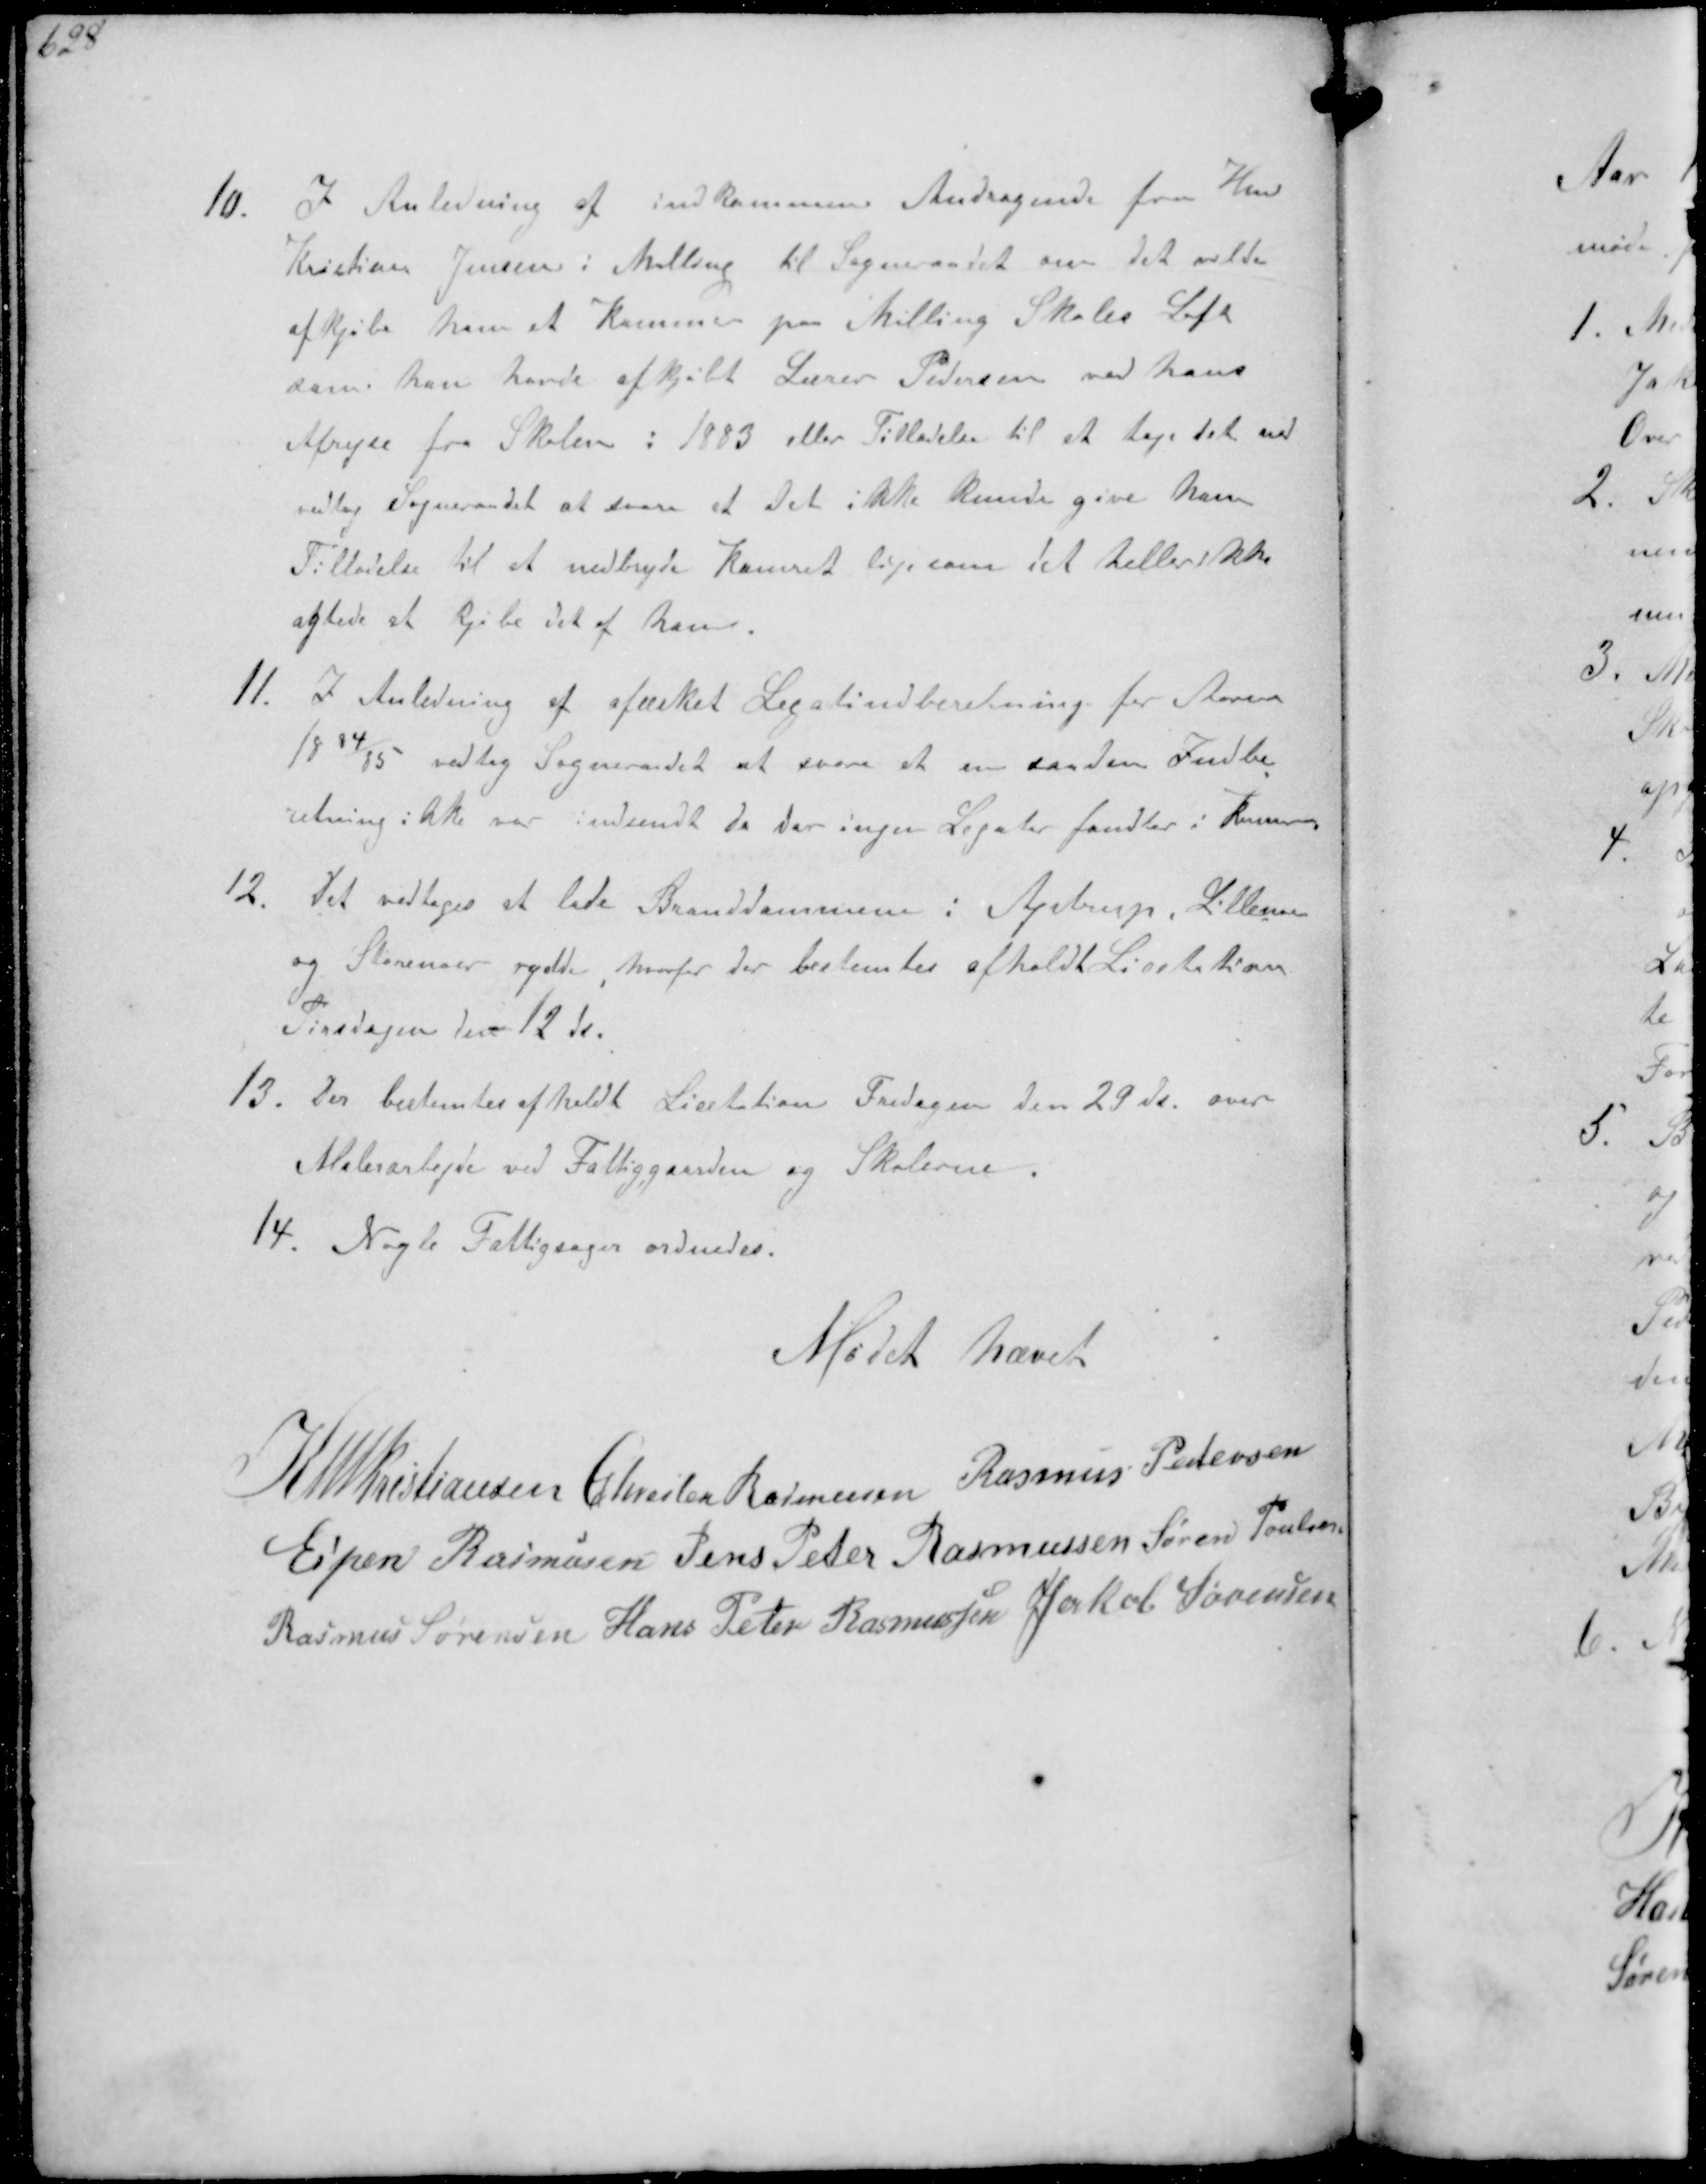
Transskription:
10 I Anledning af indkommen Andragende fra Hmd
Kristian Jensen i Malling til Sogneraadet om det vilde
afkjøbe ham et Kammer paa Malling Skoles Loft
som han havde afkjøbt Lærer Pedersen ved hans
Afrejse fra Skolen i 1883 eller Tilladelse til at tage det ned
vedtog Sogneraadet at svare at det ikke kunde give ham
Tilladelse til at nedbryde Kamret ligesom det heller ikke
agtede at købe det af ham
11. I Anledning af afæsket Legatindberetning for Aarene
1884/85 vedtog Sogneraadet at svare at en saadan Indbe-
retning ikke var indsendt da der ingen Legater fandtes i Kommunen
12. Det vedtoges at lade Branddammen i Astrup, Lillenoer
og Storenoer rydde hvorfor der bestemtes afholdt Licitation
Tirsdagen den 12 ds
13. Der bestemtes afholdt Licitation Fredagen den 29 ds. over
Malerarbejde ved Fattiggaarden og Skolerne.
14. Nogle Fattigsager ordnedes.

Mødet hævet

K N M Christiansen Chresten Rasmussen Rasmus Pedersen
Espen Rasmussen Jens Peter Rasmussen Søren Poulsen
Rasmus Sørensen Hans Peter Rasmussen Jakob Sørensen